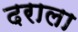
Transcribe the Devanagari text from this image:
दराला